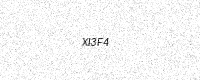
Text: XI3F4